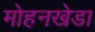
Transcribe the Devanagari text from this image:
मोहनखेडा